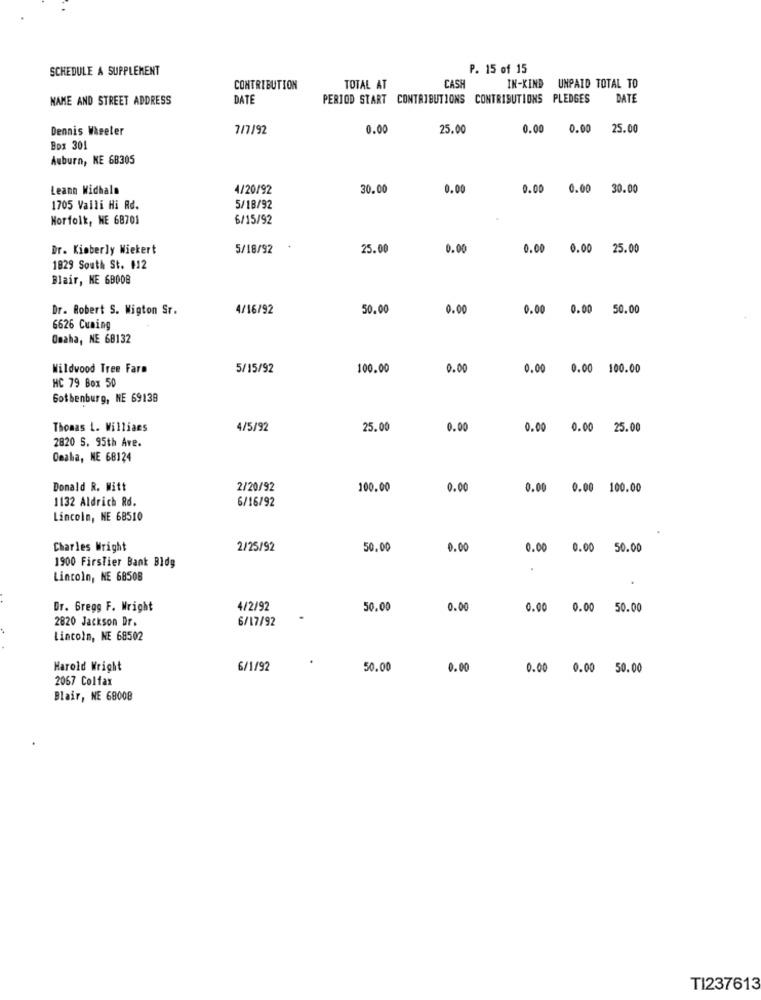
SCHEDULE A SUPPLEMENT
P. 15 of 15
CASH
CONTRIBUTION
TOTAL AT
IN-KIND UNPAID TOTAL TO
NAME AND STREET ADDRESS
DAT
PERIOD START CONTRIBUTIONS CONTRIBUTIONS PLEDGES
DATE
Dennis Wheeler
7/7/92
0.00
25.00
0.00
0.00
25.00
Box 301
Auburn, NE 68305
Leann Widhals
4/20/92
30.00
0.00
0.00 0.00 30.00
1705 Valli Hi Rd.
5/18/92
Norfolk, HE 68701
6/15/92
Dr. Kimberly Wiekert
5/18/92
25.00
0.00
0.00 0.00 25.00
1829 South St. 112
Blair, NE 69008
Dr. Robert S. Wigton Sr.
4/16/92
50.00
0.00
0.00 0.00 50.00
6626 Cuming
Omaha, NE 68132
Wildwood Tree Fare
5/15/92
100.00
0.00
0.00 0.00 100.00
HC 79 Box 50
Gothenburg, NE 69138
Thomas L. Willians
4/5/92
25.00
0.00
0.00 0.00 25.00
2820 5. 95th Ave.
Omaha, NE 68124
Donald R. Mitt
2/20/92
100.00
0.00
0.00 0.00 100.00
1132 Aldrich Rd.
6/16/92
Lincoln, NE 68510
Charles Wright
2/25/92
50.00
0.00
0.00 0.00 50.00
1900 Firsfier Bank Bldg
Lincoln, NE 68508
Dr. Gregg F. Wright
4/2/92
50.00
0.00
0.00 0.00 50.00
2820 Jackson Dr.
6/17/92
Lincoln, NE 68502
Harold Wright
6/1/92
50.00
0.00
0.00 0.00 50.00
2067 Colfax
Blair, NE 68008
TI237613